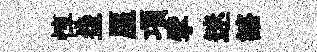
惇盌厔項擘迷諮